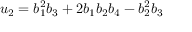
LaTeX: u _ { 2 } = b _ { 1 } ^ { 2 } b _ { 3 } + 2 b _ { 1 } b _ { 2 } b _ { 4 } - b _ { 2 } ^ { 2 } b _ { 3 }